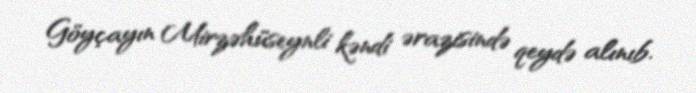
Göyçayın Mirzəhüseynli kəndi ərazisində qeydə alınıb.